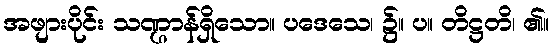
အဖျားပိုင်း သဏ္ဌာန်ရှိသော။ ပဒေသေ၊ ၌။ ပ။ တိဋ္ဌတိ၊ ၏။